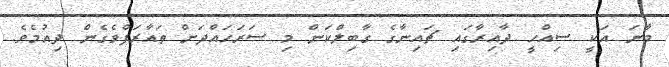
މާނަ އަކީ ސިއްހީ ދާއިރާގައި ޗައިނާގެ ގާބިލްކަން މި ސަރަހައްދަށް ތައާރަފްވެގެން ދިއުމެވެ.